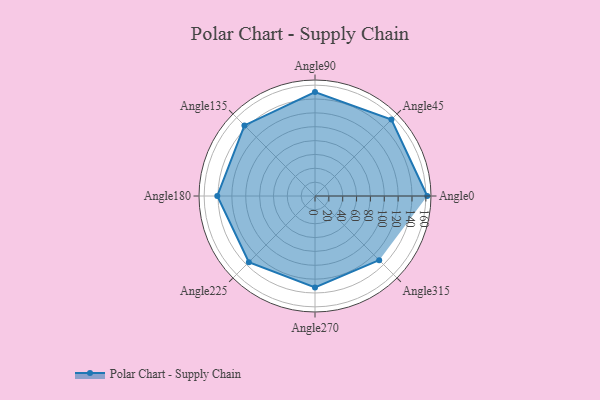
{"axis": {"x": "Angle", "y": "Radius"}, "legend": [""], "data": [{"x": "Angle0", "y": 162.0, "type": ""}, {"x": "Angle45", "y": 156.0, "type": ""}, {"x": "Angle90", "y": 150.0, "type": ""}, {"x": "Angle135", "y": 144.0, "type": ""}, {"x": "Angle180", "y": 141.0, "type": ""}, {"x": "Angle225", "y": 135.0, "type": ""}, {"x": "Angle270", "y": 132.0, "type": ""}, {"x": "Angle315", "y": 131.0, "type": ""}]}